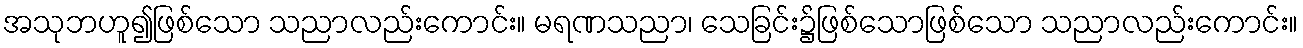
အသုဘဟူ၍ဖြစ်သော သညာလည်းကောင်း။ မရဏသညာ၊ သေခြင်း၌ဖြစ်သောဖြစ်သော သညာလည်းကောင်း။